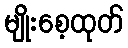
မျိုးစေ့ထုတ်